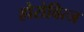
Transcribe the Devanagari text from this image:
होरोवित्ज